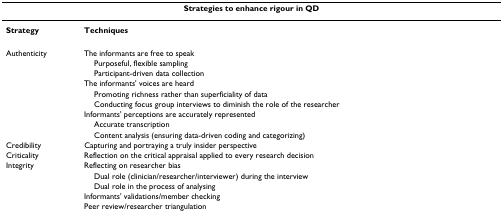
| <COLSPAN=2> Strategies to enhance rigour in QD |
 | --- | --- |
 | Strategy | Techniques |
 | Authenticity | The informants are free to speak |
 |  | Purposeful, flexible sampling |
 |  | Participant-driven data collection |
 |  | The informants' voices are heard |
 |  | Promoting richness rather than superficiality of data |
 |  | Conducting focus group interviews to diminish the role of the researcher |
 |  | Informants' perceptions are accurately represented |
 |  | Accurate transcription |
 |  | Content analysis (ensuring data-driven coding and categorizing) |
 | Credibility | Capturing and portraying a truly insider perspective |
 | Criticality | Reflection on the critical appraisal applied to every research decision |
 | Integrity | Reflecting on researcher bias |
 |  | Dual role (clinician/researcher/interviewer) during the interview |
 |  | Dual role in the process of analysing |
 |  | Informants' validations/member checking |
 |  | Peer review/researcher triangulation |